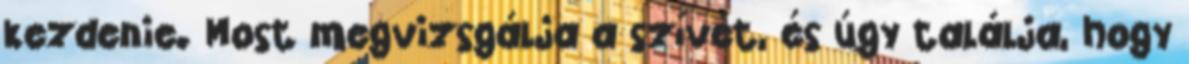
kezdenie. Most megvizsgálja a szívét, és úgy találja, hogy